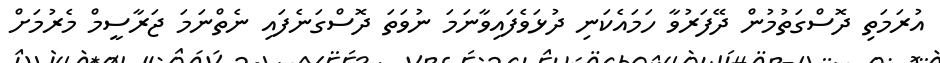
އުރަމަތި ދޮސްގަތުމުން ދޭފަރުވާ ހަމައެކަނި ދުޅަވެފައިވާނަމަ ނުވަތަ ދޮސްގަނެފައި ނެތްނަމަ ޖަރާސީމް މެރުމަށް